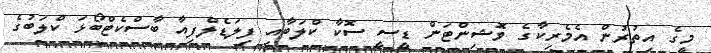
މީގެ އިތުރުން އެމެރިކާގެ ވޮޝިންޓަން ޑީސީ ސޮކާ ކްލަބާއި ފިލަޑެލްފިއާ ބާސްކެޓްބޯޅަ ކްލަބުގެ